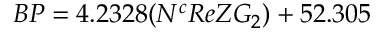
B P = 4 . 2 3 2 8 ( N ^ { c } R e Z G _ { 2 } ) + 5 2 . 3 0 5